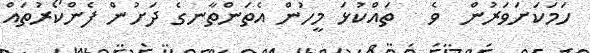
ހަމަކަށަވަރުން  ވެ   ތައްކުޅަ މީހުން އެތަންތާނގެ ދަށުން ފެންކޯރުތައް